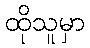
ထိုသူမှာ